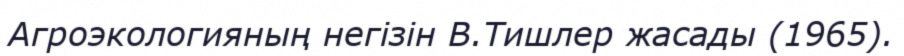
Агроэкологияның негізін В.Тишлер жасады (1965).